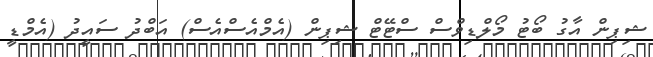
ޝިޕިން އާގު ބޯޓު މޯލްޑިވްސް ސްޓޭޓް ޝިޕިން (އެމްއެސްއެސް) އަބްދު ސައީދު (އެމްޑީ